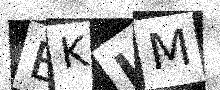
Text: BKLM